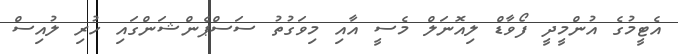
އެޓީމުގެ އުންމީދީ ފޯވާޑް ލިއޮނަލް މެސީ އާއި މިވަގުތު ސަސްޕެންޝަންގައި ހުރި ލުއިސް